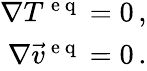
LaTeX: \begin{array}{r}{\nabla T^{\mathrm{~e~q~}}=0\, ,}\\ {\nabla\vec{v}^{\mathrm{~e~q~}}=0\, .}\end{array}